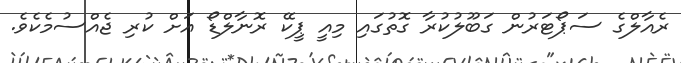
ރެއާލްގެ ސަޕޯޓަރުން ގަބޫލުކުރާ ގޮތުގައި މިއީ ޕީކޭ ރޮނާލްޑޯ އަށް ކުރި ޖެއްސުމެކެވެ.